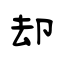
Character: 却